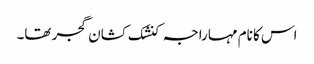
اس کا نام مہاراجہ کنشک کشان گجر تھا۔